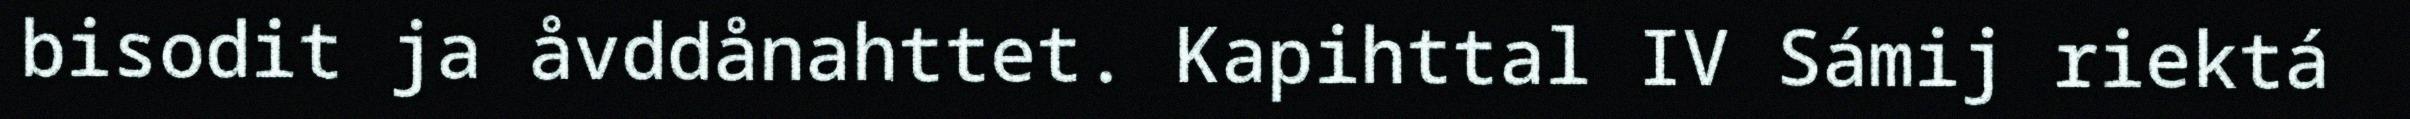
bisodit ja åvddånahttet. Kapihttal IV Sámij riektá